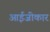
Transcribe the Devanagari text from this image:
आईजीकार